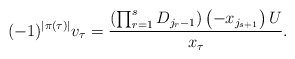
\begin{align*} (-1)^{|\pi(\tau)|}v_{\tau}=\dfrac{ \left(\prod_{r=1}^{s}D_{j_{r}-1} \right) \left( -x_{j_{s+1}}\right) U }{x_{\tau}}.\end{align*}